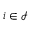
i \in \mathcal { I }